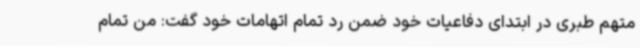
متهم طبری در ابتدای دفاعیات خود ضمن رد تمام اتهامات خود گفت: من تمام